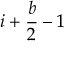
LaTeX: i + { \frac { b } { 2 } } - 1